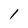
Character: l